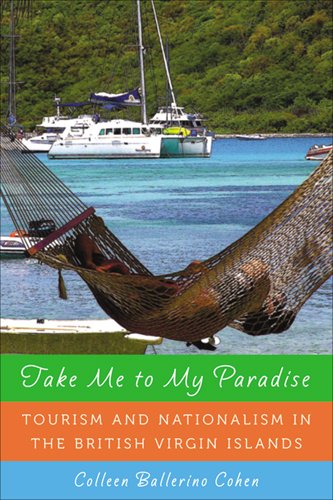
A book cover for Take Me to My Paradise: Tourism and Nationalism in the British Virgin Islands; Colleen Ballerino Cohen; Travel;